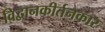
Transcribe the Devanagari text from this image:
विद्वानकीर्तनकार